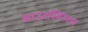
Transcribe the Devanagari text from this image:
आउटस्विंगरवर